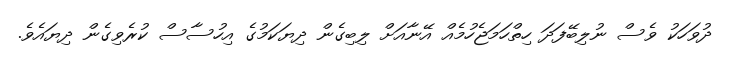
ދުވަހަކު ވެސް ނުލިބޭފަދަ ހިތްހަމަޖެހުމެއް އޭނާއަށް ލިބިގެން ދިޔަކަމުގެ އިހުސާސް ކުރެވިގެން ދިޔައެވެ.